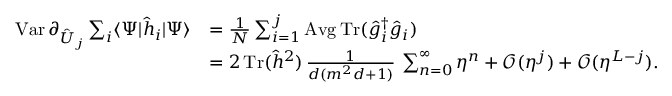
\begin{array} { r l } { \textstyle \operatorname { V a r } \partial _ { \hat { U } _ { j } } \sum _ { i } \langle \Psi | \hat { h } _ { i } | \Psi \rangle } & { \textstyle = \frac { 1 } { N } \sum _ { i = 1 } ^ { j } \operatorname { A v g } \operatorname { T r } ( \hat { g } _ { i } ^ { \dag } \hat { g } _ { i } ) } \\ & { \textstyle = 2 \operatorname { T r } ( \hat { h } ^ { 2 } ) \, \frac { 1 } { d ( m ^ { 2 } d + 1 ) } \, \sum _ { n = 0 } ^ { \infty } \eta ^ { n } + \mathcal { O } ( \eta ^ { j } ) + \mathcal { O } ( \eta ^ { L - j } ) . } \end{array}